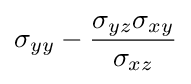
\sigma _{yy}-{\frac {\sigma _{yz}\sigma _{xy}}{\sigma _{xz}}}